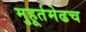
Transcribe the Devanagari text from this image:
मुहूर्तमेढच